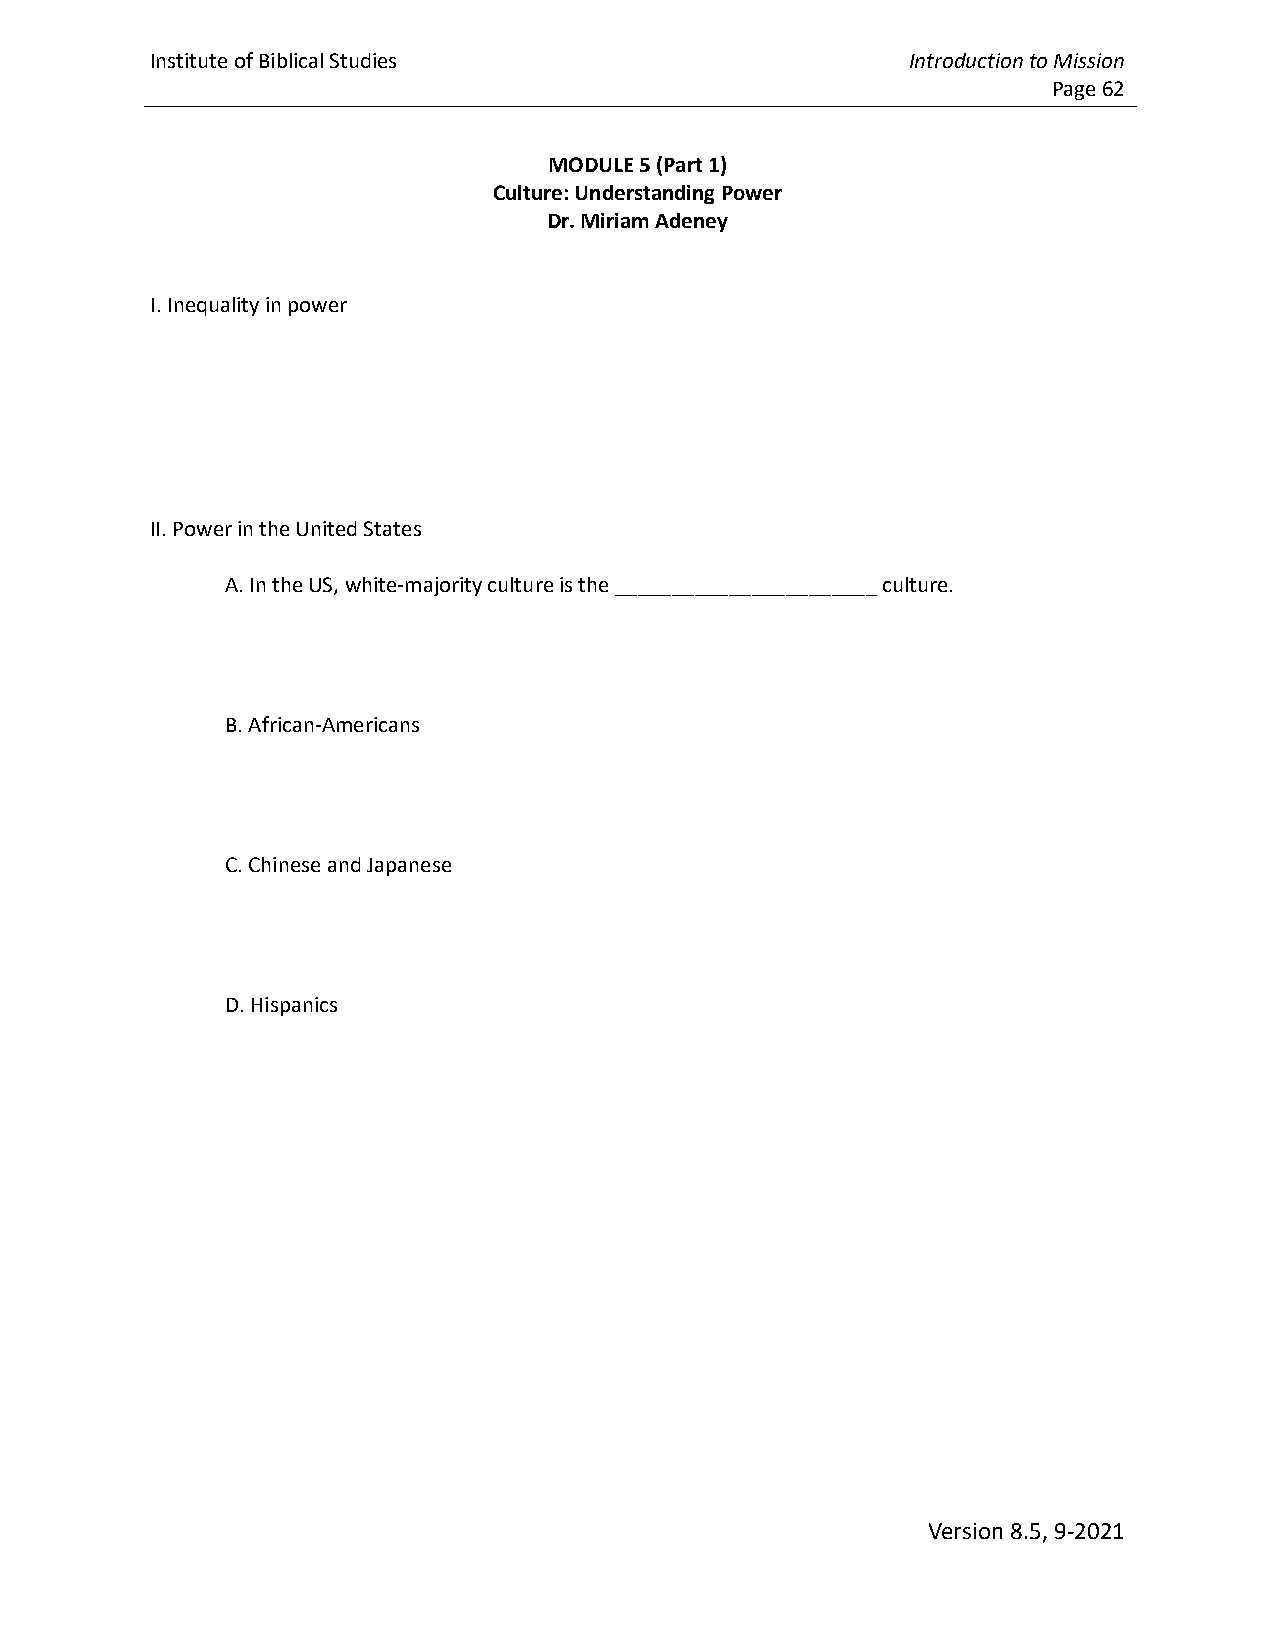
Institute of Biblical Studies                     Introduction to Mission
 Page 62
 MODULE 5 (Part 1)
 Culture: Understanding Power
 Dr. Miriam Adeney
 I. Inequality in power
 II. Power in the United States
 A. In the US, white-majority culture is the _______________________ culture.
 B. African-Americans
 C. Chinese and Japanese
 D. Hispanics
 Version 8.5, 9-2021